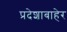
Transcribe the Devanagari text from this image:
प्रदेशाबाहेर